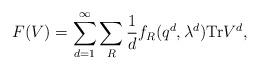
LaTeX: \begin{align*}F(V)=\sum_{d=1}^\infty \sum_R {1\over d} f_R(q^d,\lambda^d) {\rm Tr} V^d,\end{align*}